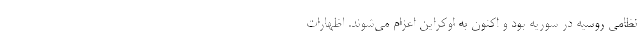
نظامی روسیه در سوریه بود و اکنون به اوکراین اعزام می‌شوند. اظهارات